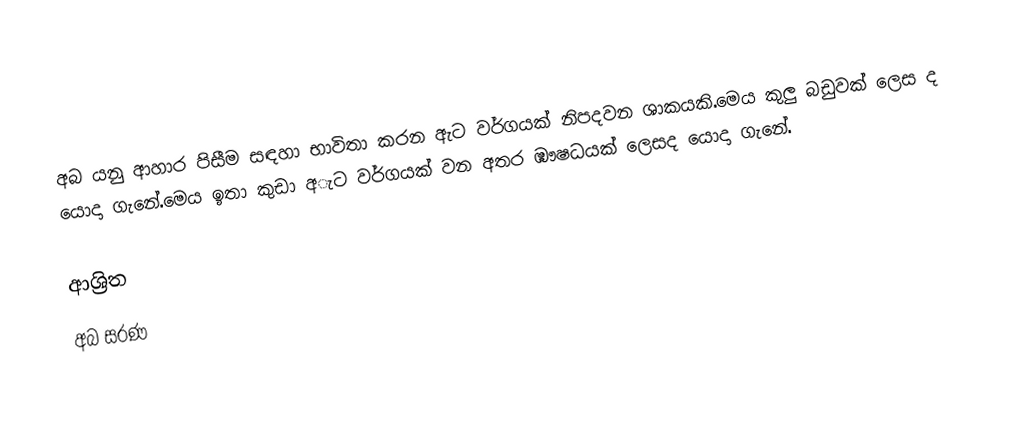
අබ යනු ආහාර පිසීම සඳහා භාවිතා කරන ඇට වර්ගයක් නිපදවන ශාකයකි.මෙය කුලු බඩුවක් ලෙස ද යොදා ගැනේ.මෙය ඉතා කුඩා අැට වර්ගයක් වන අතර ඹෟෂධයක් ලෙසද යොදා ගැනේ.

ආශ්‍රිත
 අබ සරණ